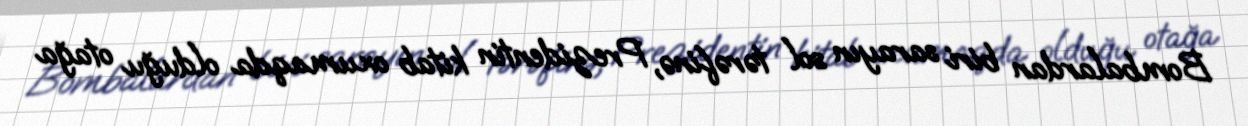
Bombalardan biri sarayın sol tərəfinə, Prezidentin kitab oxumaqda olduğu otağa